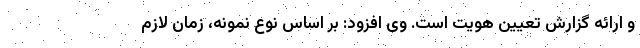
و ارائه گزارش تعیین هویت است. وی افزود: بر اساس نوع نمونه، زمان لازم